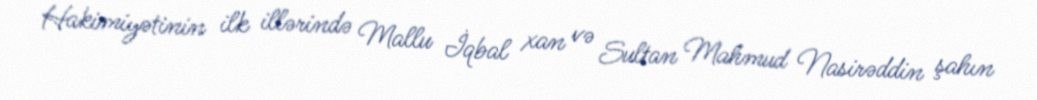
Hakimiyətinin ilk illərində Mallu İqbal xan və Sultan Mahmud Nasirəddin şahın